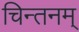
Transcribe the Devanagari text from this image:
चिन्तनम्